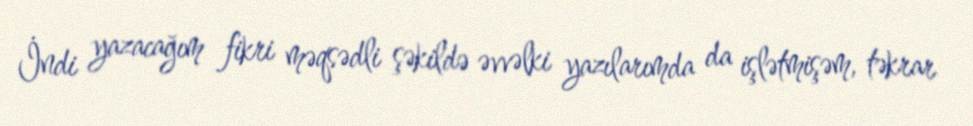
İndi yazacağım fikri məqsədli şəkildə əvvəlki yazılarımda da işlətmişəm, təkrar